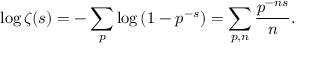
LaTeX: \log \zeta ( s ) = - \sum _ { p } \log \left( 1 - p ^ { - s } \right) = \sum _ { p , n } { \frac { p ^ { - n s } } { n } } .